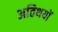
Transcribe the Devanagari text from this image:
अतिथयों